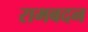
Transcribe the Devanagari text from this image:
रामबदन